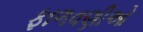
ફાળવણીઓ